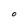
Character: O